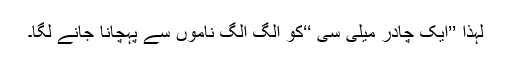
لہذا ’’ایک چادر میلی سی ‘‘کو الگ الگ ناموں سے پہچانا جانے لگا۔